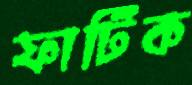
ফাটিক